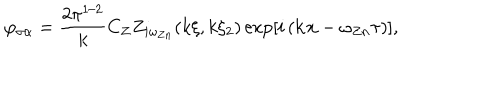
\varphi _ { \sigma \alpha } = \frac { 2 \pi ^ { 1 / 2 } } { k } C _ { Z } Z _ { i \omega _ { Z n } } ( k \xi , k \xi _ { 2 } ) \exp \left[ i \left( { \bf k x } - \omega _ { Z n } \tau \right) \right] ,